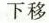
下移